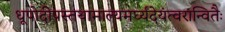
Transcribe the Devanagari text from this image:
धूपोदीपस्तथामाल्यमर्घ्यंदेयंत्वरान्वितैः